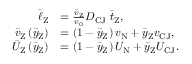
\begin{array} { r l } { \bar { \ell } _ { \mathrm { Z } } } & { = \frac { \bar { v } _ { \mathrm { Z } } } { v _ { 0 } } D _ { \mathrm { C J } } \; \bar { t } _ { \mathrm { Z } } , } \\ { \bar { v } _ { \mathrm { Z } } \left( \bar { y } _ { \mathrm { Z } } \right) } & { = \left( 1 - \bar { y } _ { \mathrm { Z } } \right) v _ { \mathrm { N } } + \bar { y } _ { \mathrm { Z } } v _ { \mathrm { C J } } , } \\ { \bar { U } _ { \mathrm { Z } } \left( \bar { y } _ { \mathrm { Z } } \right) } & { = \left( 1 - \bar { y } _ { \mathrm { Z } } \right) U _ { \mathrm { N } } + \bar { y } _ { \mathrm { Z } } U _ { \mathrm { C J } } . } \end{array}